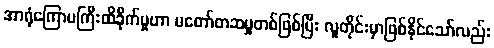
အာရုံကြောမကြီးထိခိုက်မှုဟာ မတော်တဆမှုတစ်ဖြစ်ပြီး လူတိုင်းမှာဖြစ်နိုင်သော်လည်း